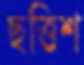
ছত্তিশ